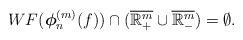
LaTeX: \begin{align*}WF(\boldsymbol{\phi}^{(m)}_n(f))\cap(\overline{\mathbb{R}^m_+}\cup\overline{\mathbb{R}^m_-})=\emptyset.\end{align*}